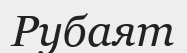
Рубаят